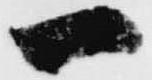
一